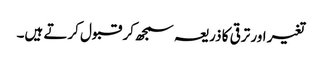
تغیر اور ترقی کا ذریعہ سمجھ کر قبول کرتے ہیں۔